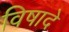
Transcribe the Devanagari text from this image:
विषादे